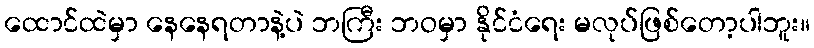
ထောင်ထဲမှာ နေနေရတာနဲ့ပဲ ဘကြီး ဘဝမှာ နိုင်ငံရေး မလုပ်ဖြစ်တော့ပါဘူး။